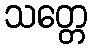
သတ္တေ